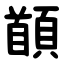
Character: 䭭